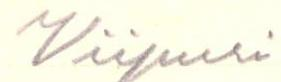
Viipuri